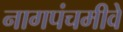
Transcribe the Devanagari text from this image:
नागपंचमीवे